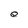
Character: e